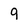
Character: 9